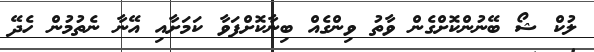
ލުކް ޝޯ ބޭނުންކޮށްގެން ވާތު ވިންގެއް ބިނާކޮށްފަވާ ކަމަށާއި އޭނާ ނެތުމުން ހެދޭ